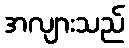
အလျားသည်